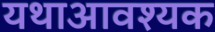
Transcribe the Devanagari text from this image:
यथाआवश्यक